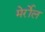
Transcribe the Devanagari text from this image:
मेर्रोल